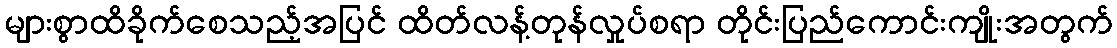
များစွာထိခိုက်စေသည့်အပြင် ထိတ်လန့်တုန်လှုပ်စရာ တိုင်းပြည်ကောင်းကျိုးအတွက်